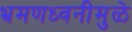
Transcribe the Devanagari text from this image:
भ्रमणध्वनीमुळे